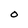
Character: O